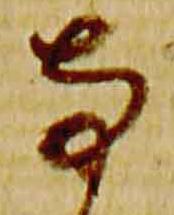
寺